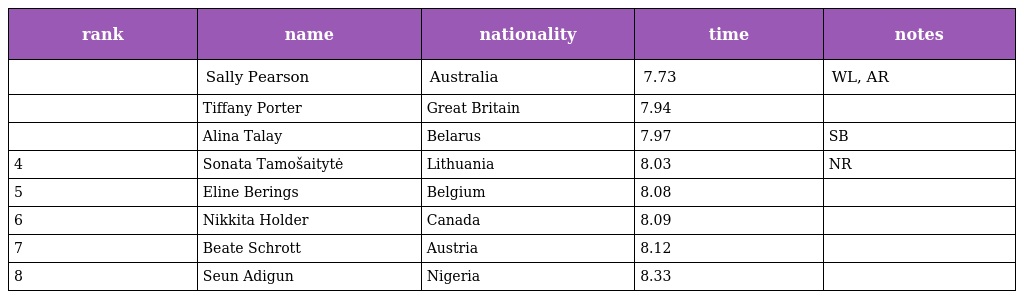
| rank | name | nationality | time | notes |
 | --- | --- | --- | --- | --- |
 |  | Sally Pearson | Australia | 7.73 | WL, AR |
 |  | Tiffany Porter | Great Britain | 7.94 |  |
 |  | Alina Talay | Belarus | 7.97 | SB |
 | 4 | Sonata Tamošaitytė | Lithuania | 8.03 | NR |
 | 5 | Eline Berings | Belgium | 8.08 |  |
 | 6 | Nikkita Holder | Canada | 8.09 |  |
 | 7 | Beate Schrott | Austria | 8.12 |  |
 | 8 | Seun Adigun | Nigeria | 8.33 |  |